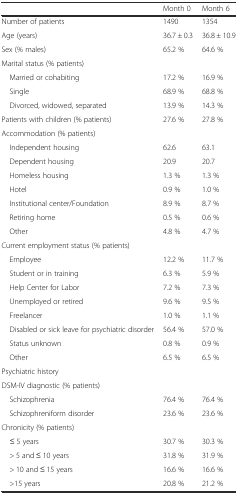
<table><thead><tr><td></td><td><b>Month 0</b></td><td><b>Month 6</b></td></tr></thead><tbody><tr><td>Number of patients</td><td>1490</td><td>1354</td></tr><tr><td>Age (years)</td><td>36.7 ± 0.3</td><td>36.8 ± 10.9</td></tr><tr><td>Sex (% males)</td><td>65.2 %</td><td>64.6 %</td></tr><tr><td colspan="3">Marital status (% patients)</td></tr><tr><td> Married or cohabiting</td><td>17.2 %</td><td>16.9 %</td></tr><tr><td> Single</td><td>68.9 %</td><td>68.8 %</td></tr><tr><td> Divorced, widowed, separated</td><td>13.9 %</td><td>14.3 %</td></tr><tr><td>Patients with children (% patients)</td><td>27.6 %</td><td>27.8 %</td></tr><tr><td>Accommodation (% patients)</td><td></td><td></td></tr><tr><td> Independent housing</td><td>62.6</td><td>63.1</td></tr><tr><td> Dependent housing</td><td>20.9</td><td>20.7</td></tr><tr><td> Homeless housing</td><td>1.3 %</td><td>1.3 %</td></tr><tr><td> Hotel</td><td>0.9 %</td><td>1.0 %</td></tr><tr><td> Institutional center/Foundation</td><td>8.9 %</td><td>8.7 %</td></tr><tr><td> Retiring home</td><td>0.5 %</td><td>0.6 %</td></tr><tr><td> Other</td><td>4.8 %</td><td>4.7 %</td></tr><tr><td colspan="3">Current employment status (% patients)</td></tr><tr><td> Employee</td><td>12.2 %</td><td>11.7 %</td></tr><tr><td> Student or in training</td><td>6.3 %</td><td>5.9 %</td></tr><tr><td> Help Center for Labor</td><td>7.2 %</td><td>7.3 %</td></tr><tr><td> Unemployed or retired</td><td>9.6 %</td><td>9.5 %</td></tr><tr><td> Freelancer</td><td>1.0 %</td><td>1.1 %</td></tr><tr><td> Disabled or sick leave for psychiatric disorder</td><td>56.4 %</td><td>57.0 %</td></tr><tr><td> Status unknown</td><td>0.8 %</td><td>0.9 %</td></tr><tr><td> Other</td><td>6.5 %</td><td>6.5 %</td></tr><tr><td colspan="3">Psychiatric history</td></tr><tr><td colspan="3">DSM-IV diagnostic (% patients)</td></tr><tr><td> Schizophrenia</td><td>76.4 %</td><td>76.4 %</td></tr><tr><td> Schizophreniform disorder</td><td>23.6 %</td><td>23.6 %</td></tr><tr><td colspan="3">Chronicity (% patients)</td></tr><tr><td> ≤ 5 years</td><td>30.7 %</td><td>30.3 %</td></tr><tr><td> &gt; 5 and ≤ 10 years</td><td>31.8 %</td><td>31.9 %</td></tr><tr><td> &gt; 10 and ≤ 15 years</td><td>16.6 %</td><td>16.6 %</td></tr><tr><td> &gt;15 years</td><td>20.8 %</td><td>21.2 %</td></tr></tbody></table>